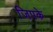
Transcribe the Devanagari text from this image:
जिपके